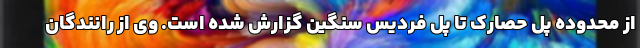
از محدوده پل حصارک تا پل فردیس سنگین گزارش شده است. وی از رانندگان